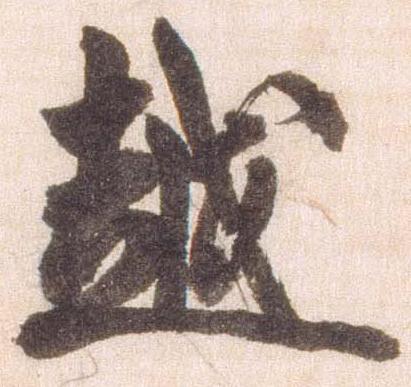
越